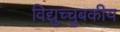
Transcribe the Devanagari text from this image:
विद्युच्चुबकीय